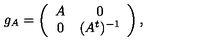
g _ { A } = \left( \begin{array} { c c } { A } & { 0 } \\ { 0 } & { ( A ^ { t } ) ^ { - 1 } } \\ \end{array} \right) ,